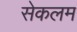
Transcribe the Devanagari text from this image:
सेकलम